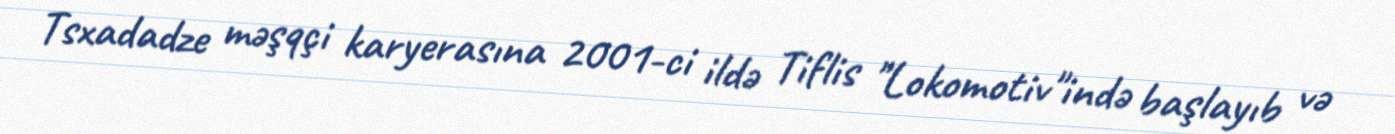
Tsxadadze məşqçi karyerasına 2001-ci ildə Tiflis "Lokomotiv"ində başlayıb və